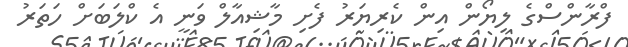
ފްރާންސްގެ ލިޔޯން އިން ކެރިޔަރު ފެށި މާޝިއާލް ވަނީ އެ ކްލަބަށް ހަތަރު